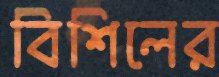
বিশিলের